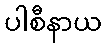
ပါစီနာယ